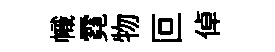
幟霓物叵倬